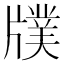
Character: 𤗵